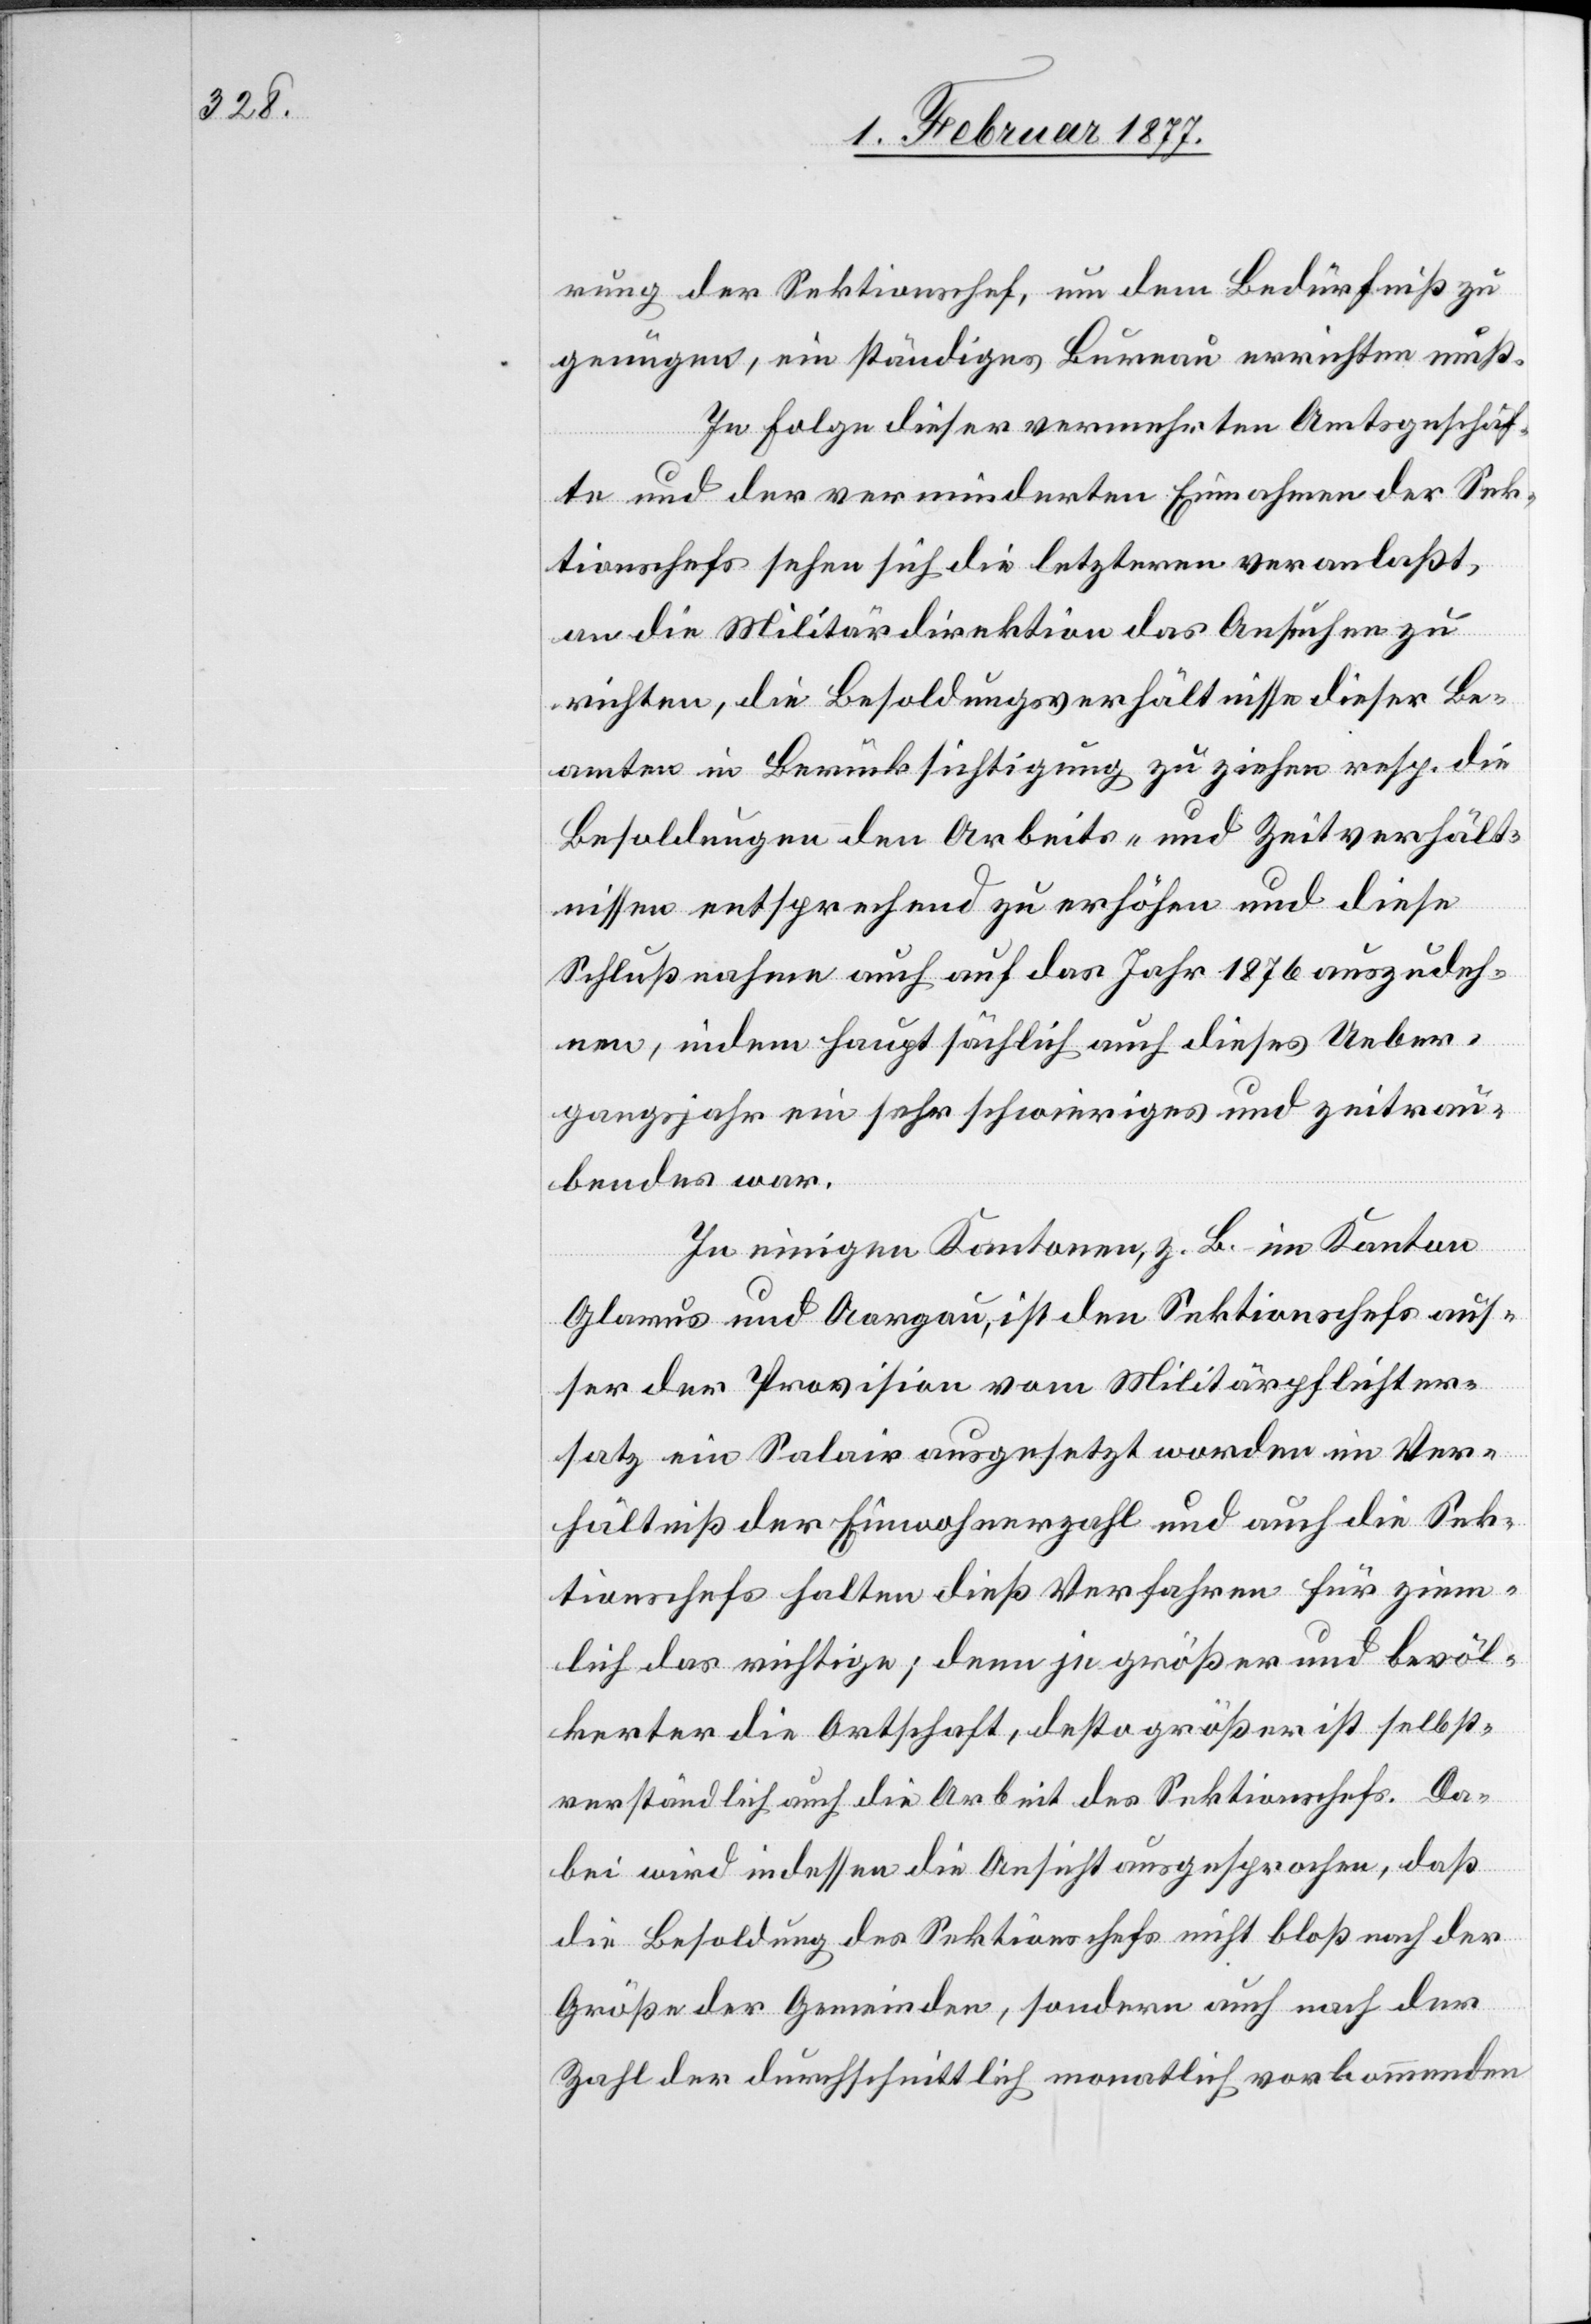
rung der Sektionschef, um dem Bedürfniß zu
genügen, ein ständiges Bureau errichten muß.
In Folge dieser vermehrten Amtsgeschäf¬
te und der verminderten Einnahmen der Sek¬
tionschefs sehen sich die letzteren veranlaßt,
an die Militärdirektion das Ansuchen zu
richten, die Besoldungsverhältnisse dieser Be¬
amten in Berücksichtigung zu ziehen resp. die
Besoldungen den Arbeits- und Zeitverhält¬
nissen entsprechend zu erhöhen und diese
Schlußnahme auch auf das Jahr 1876 auszudeh¬
nen, indem hauptsächlich auch dieses Ueber¬
gangsjahr ein sehr schwieriges und zeitrau¬
bendes war.
In einigen Kantonen, z. B. im Kanton
Glarus und Aargau, ist den Sektionschefs aus¬
ser der Provision vom Militärpflichter¬
satz ein Salair ausgesetzt worden im Ver¬
hältniß der Einwohnerzahl und auch die Sek¬
tionschefs halten dieß Verfahren für ziem¬
lich das richtige; denn je größer und bevöl¬
kerter die Ortschaft, desto größer ist selbst¬
verständlich auch die Arbeit des Sektionschefs. Da¬
bei wird indessen die Ansicht ausgesprochen, daß
die Besoldung des Sektionschefs nicht bloß nach der
Größe der Gemeinden, sondern auch nach der
Zahl der durchschnittlich monatlich vorkommenden